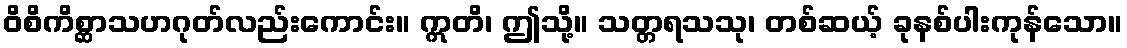
ဝိစိကိစ္ဆာသဟဂုတ်လည်းကောင်း။ ဣတိ၊ ဤသို့။ သတ္တရသသု၊ တစ်ဆယ့် ခုနစ်ပါးကုန်သော။